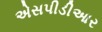
એસપીડીઆર